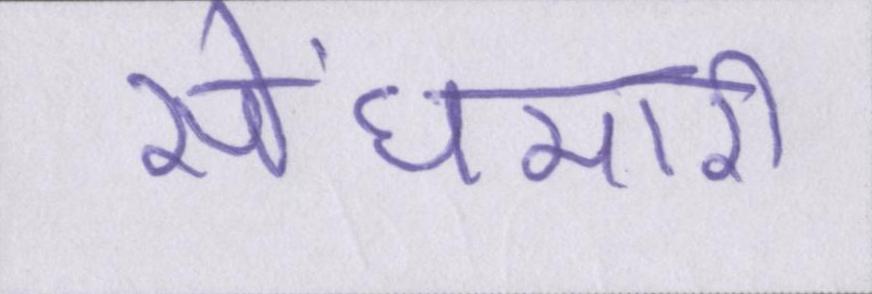
सेंधमारी